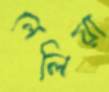
লেলিয়া